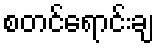
စတင်ရောင်းချ